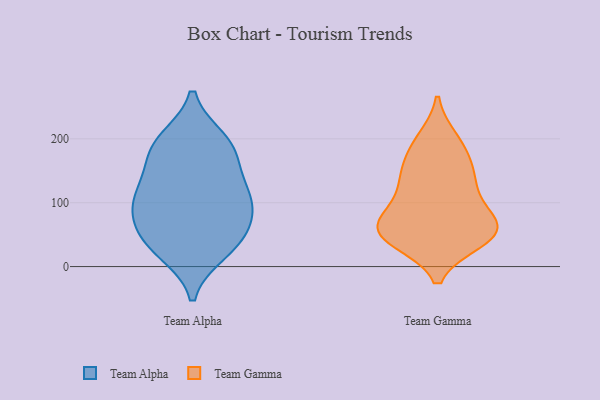
{"axis": {"x": "Production Output", "y": "Value"}, "legend": ["Team Alpha", "Team Gamma"], "data": [{"x": "", "y": 195, "type": "Team Alpha"}, {"x": "", "y": 181, "type": "Team Alpha"}, {"x": "", "y": 131, "type": "Team Alpha"}, {"x": "", "y": 23, "type": "Team Alpha"}, {"x": "", "y": 55, "type": "Team Alpha"}, {"x": "", "y": 116, "type": "Team Alpha"}, {"x": "", "y": 32, "type": "Team Alpha"}, {"x": "", "y": 78, "type": "Team Alpha"}, {"x": "", "y": 116, "type": "Team Alpha"}, {"x": "", "y": 38, "type": "Team Alpha"}, {"x": "", "y": 173, "type": "Team Alpha"}, {"x": "", "y": 96, "type": "Team Alpha"}, {"x": "", "y": 198, "type": "Team Alpha"}, {"x": "", "y": 87, "type": "Team Alpha"}, {"x": "", "y": 58, "type": "Team Gamma"}, {"x": "", "y": 141, "type": "Team Gamma"}, {"x": "", "y": 59, "type": "Team Gamma"}, {"x": "", "y": 68, "type": "Team Gamma"}, {"x": "", "y": 45, "type": "Team Gamma"}, {"x": "", "y": 111, "type": "Team Gamma"}, {"x": "", "y": 41, "type": "Team Gamma"}, {"x": "", "y": 81, "type": "Team Gamma"}, {"x": "", "y": 77, "type": "Team Gamma"}, {"x": "", "y": 137, "type": "Team Gamma"}, {"x": "", "y": 192, "type": "Team Gamma"}, {"x": "", "y": 138, "type": "Team Gamma"}, {"x": "", "y": 45, "type": "Team Gamma"}, {"x": "", "y": 199, "type": "Team Gamma"}, {"x": "", "y": 47, "type": "Team Gamma"}, {"x": "", "y": 171, "type": "Team Gamma"}]}